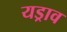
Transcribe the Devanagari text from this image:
यड्राव